Annual report on the mental hospital in the Central Provinces and Berar (Nagpur) - 1927-1951
Year: 1927
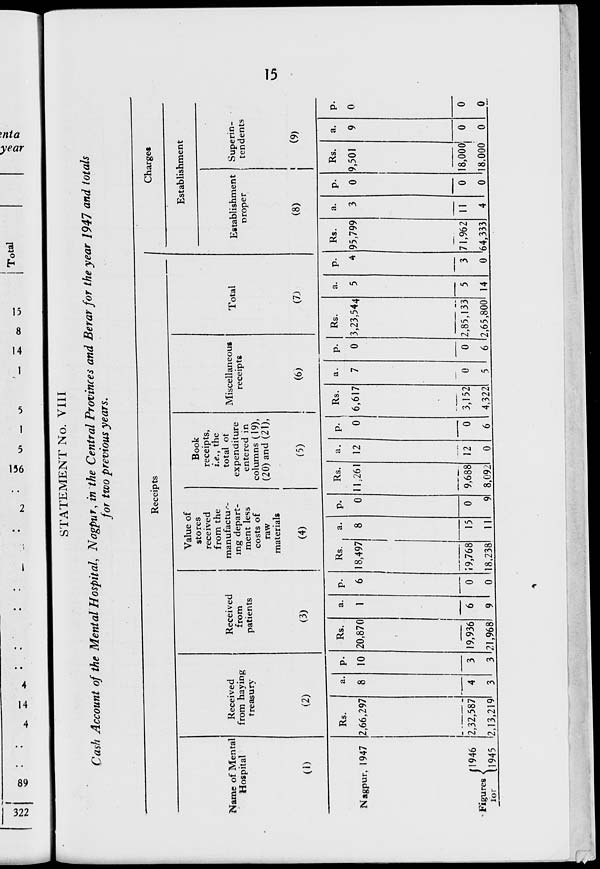
V*J
NJ
OB
Ki
«o
NJ
ui —. ui
—
-S-
00
I Total
u»
STATEMENT No. VIII
Cash Account of the Mental Hospital, Nagpur, in the Central Provinces and Berar for the year 1947 and totals
for two previous years.
Name of Mental
Hospital
(1)
Received
frorn haying
treasurv
(2)
Nagpur, 1947
Rs.
2,66,297 8
Figures
tor
J1946 2,32,
11945 12,13,
1946 (2,32,587
,219
4
3
Received
from
patients
(3)
P-
10
Rs.
20,870
19,936
3 '21,968
a.
1
6
9
Receipts
Charges
Value of
stores
received
from the
manufactur-
ing depart-
ment less
costs of
raw
materials
(4)
Book
receipts,
i.e., the
total of
expenditure
entered in
columns (19),
(20) and (21),
(5)
Establishment
Miscellaneous
receipts
(6)
Total
Rs.
a.
I
18,497| 8
0
0
19,768
18,238
15
11
0
Rs. a.
11,261 12
0 9,688
8,092
12
0
Rs.
0 6,617
0 3,152
4,322
(7J
Establishment
oroper
Superin-
tendents
(8)
(9)
0
5
0
Rs.
3,23,544
0 2,85,133
6 !2,65,80ol 14
Rs.
95,799
a.
3
0
71,962
64,3331
0
Rs.
9,501
11
4
0
0
a.
18,000| 0
18,000 0
P-
0
0
0
u»